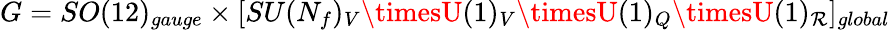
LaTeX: G=SO(12)_{gauge}\times[SU(N_{f})_{V}\timesU(1)_{V}\timesU(1)_{Q}\timesU(1)_{\mathcal{R}}]_{global}